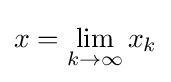
x=\lim _{k\to \infty }x_{k}